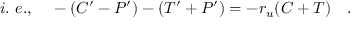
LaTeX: i . ~ e . , ~ ~ ~ - ( C ^ { \prime } - P ^ { \prime } ) - ( T ^ { \prime } + P ^ { \prime } ) = - r _ { u } ( C + T ) ~ ~ ~ .